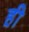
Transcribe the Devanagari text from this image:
ह़ी